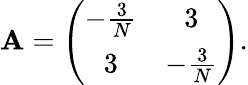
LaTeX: \mathbf{A}=\left(\begin{array}{cc}{{-{\frac{3}{N}}}}&{{3}}\\ {{3}}&{{-{\frac{3}{N}}}}\end{array}\right).